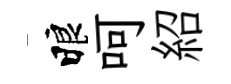
睱呵紹